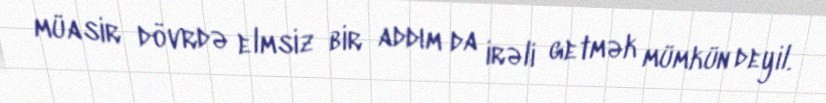
müasir dövrdə elmsiz bir addım da irəli getmək mümkün deyil.